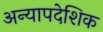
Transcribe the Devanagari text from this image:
अन्यापदेशिक